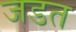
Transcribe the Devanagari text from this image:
जडत